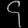
Digit: ၄